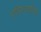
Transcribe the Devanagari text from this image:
एपिस्टाटिस